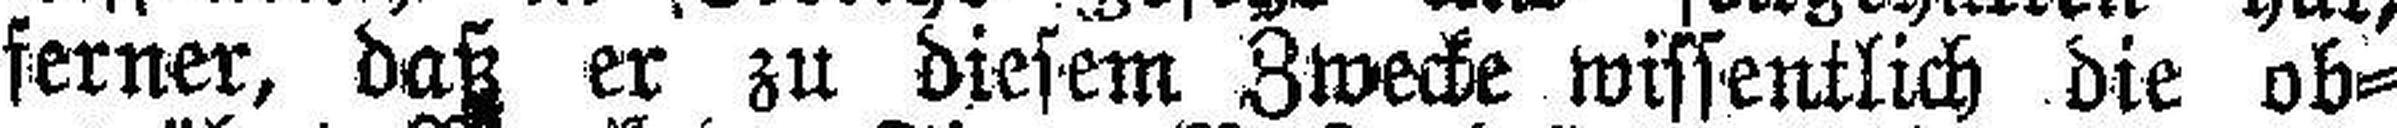
ferner, daß er zu diesem Zwecke wissentlich die ob¬